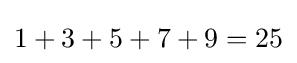
1+3+5+7+9=25